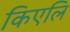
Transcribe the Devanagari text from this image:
किएलि